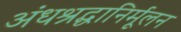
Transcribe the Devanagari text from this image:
अंधश्रद्धानिर्मूलन